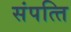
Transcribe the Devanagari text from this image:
संपत्‍ति